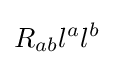
R_{ab}l^{a}l^{b}